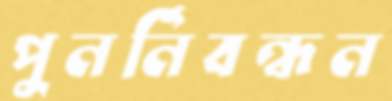
পুনর্নিবন্ধন